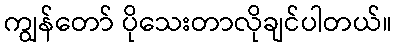
ကျွန်တော် ပိုသေးတာလိုချင်ပါတယ်။